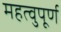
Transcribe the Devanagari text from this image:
महत्वुपूर्ण